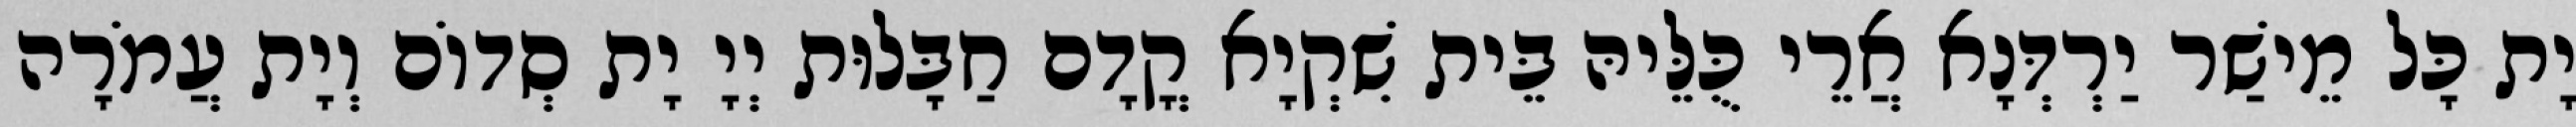
יָת כָּל מֵישַׁר יַרְדְּנָא אֲרֵי כֻּלֵּיהּ בֵּית שִׁקְיָא קֳדָם חַבָּלוּת יְיָ יָת סְדוֹם וְיָת עֲמֹרָה